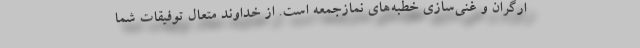
ارگران و غنی‌سازی خطبه‌های نمازجمعه است. از خداوند متعال توفیقات شما